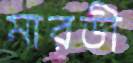
মারডী